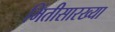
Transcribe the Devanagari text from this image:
भिंतीसारख्या